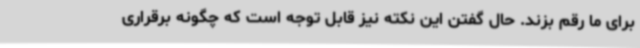
برای ما رقم بزند. حال گفتن این نکته نیز قابل توجه است که چگونه برقراری